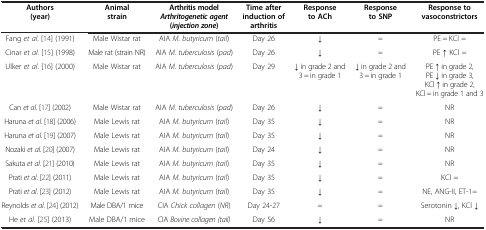
| Authors (year) | Animal strain | Arthritis model Arthritogenetic agent ( injection zone ) | Time after induction of arthritis | Response to ACh | Response to SNP | Response to vasoconstrictors |
 | --- | --- | --- | --- | --- | --- | --- |
 | Fang et al. [14] (1991) | Male Wistar rat | AIA M. butyricum (tail) | Day 26 | ↓ | = | PE = KCl = |
 | Cinar et al. [15] (1998) | Male rat (strain NR) | AIA M. tuberculosis (pad) | Day 26 | ↓ | = | PE ↑ KCl = |
 | Ulker et al. [16] (2000) | Male Wistar rat | AIA M. tuberculosis (pad) | Day 29 | ↓ in grade 2 and 3 = in grade 1 | ↓ in grade 2 and 3 = in grade 1 | PE ↑ in grade 2, PE ↓ in grade 3, KCl ↑ in grade 2, KCl = in grade 1 and 3 |
 | Can et al. [17] (2002) | Male Wistar rat | AIA M. tuberculosis (pad) | Day 26 | ↓ | = | NR |
 | Haruna et al. [18] (2006) | Male Lewis rat | AIA M. butyricum (tail) | Day 35 | ↓ | = | NR |
 | Haruna et al. [19] (2007) | Male Lewis rat | AIA M. butyricum (tail) | Day 35 | ↓ | = | NR |
 | Nozaki et al. [20] (2007) | Male Lewis rat | AIA M. butyricum (tail) | Day 24 | ↓ | = | NR |
 | Sakuta et al. [21] (2010) | Male Lewis rat | AIA M. butyricum (tail) | Day 35 | ↓ | = | NR |
 | Prati et al. [22] (2011) | Male Lewis rat | AIA M. butyricum (tail) | Day 35 | ↓ | = | KCl = |
 | Prati et al. [23] (2012) | Male Lewis rat | AIA M. butyricum (tail) | Day 35 | ↓ | = | NE, ANG-II, ET-1= |
 | Reynolds et al. [24] (2012) | Male DBA/1 mice | CIA Chick collagen (NR) | Day 24-27 | = | = | Serotonin ↓, KCl ↓ |
 | He et al. [25] (2013) | Male DBA/1 mice | CIA Bovine collagen (tail) | Day 56 | ↓ | = | NR |